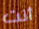
أنت